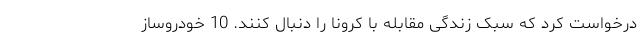
درخواست کرد که سبک زندگی مقابله با کرونا را دنبال کنند. 10 خودروساز